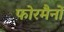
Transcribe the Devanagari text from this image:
फोरमैनाें